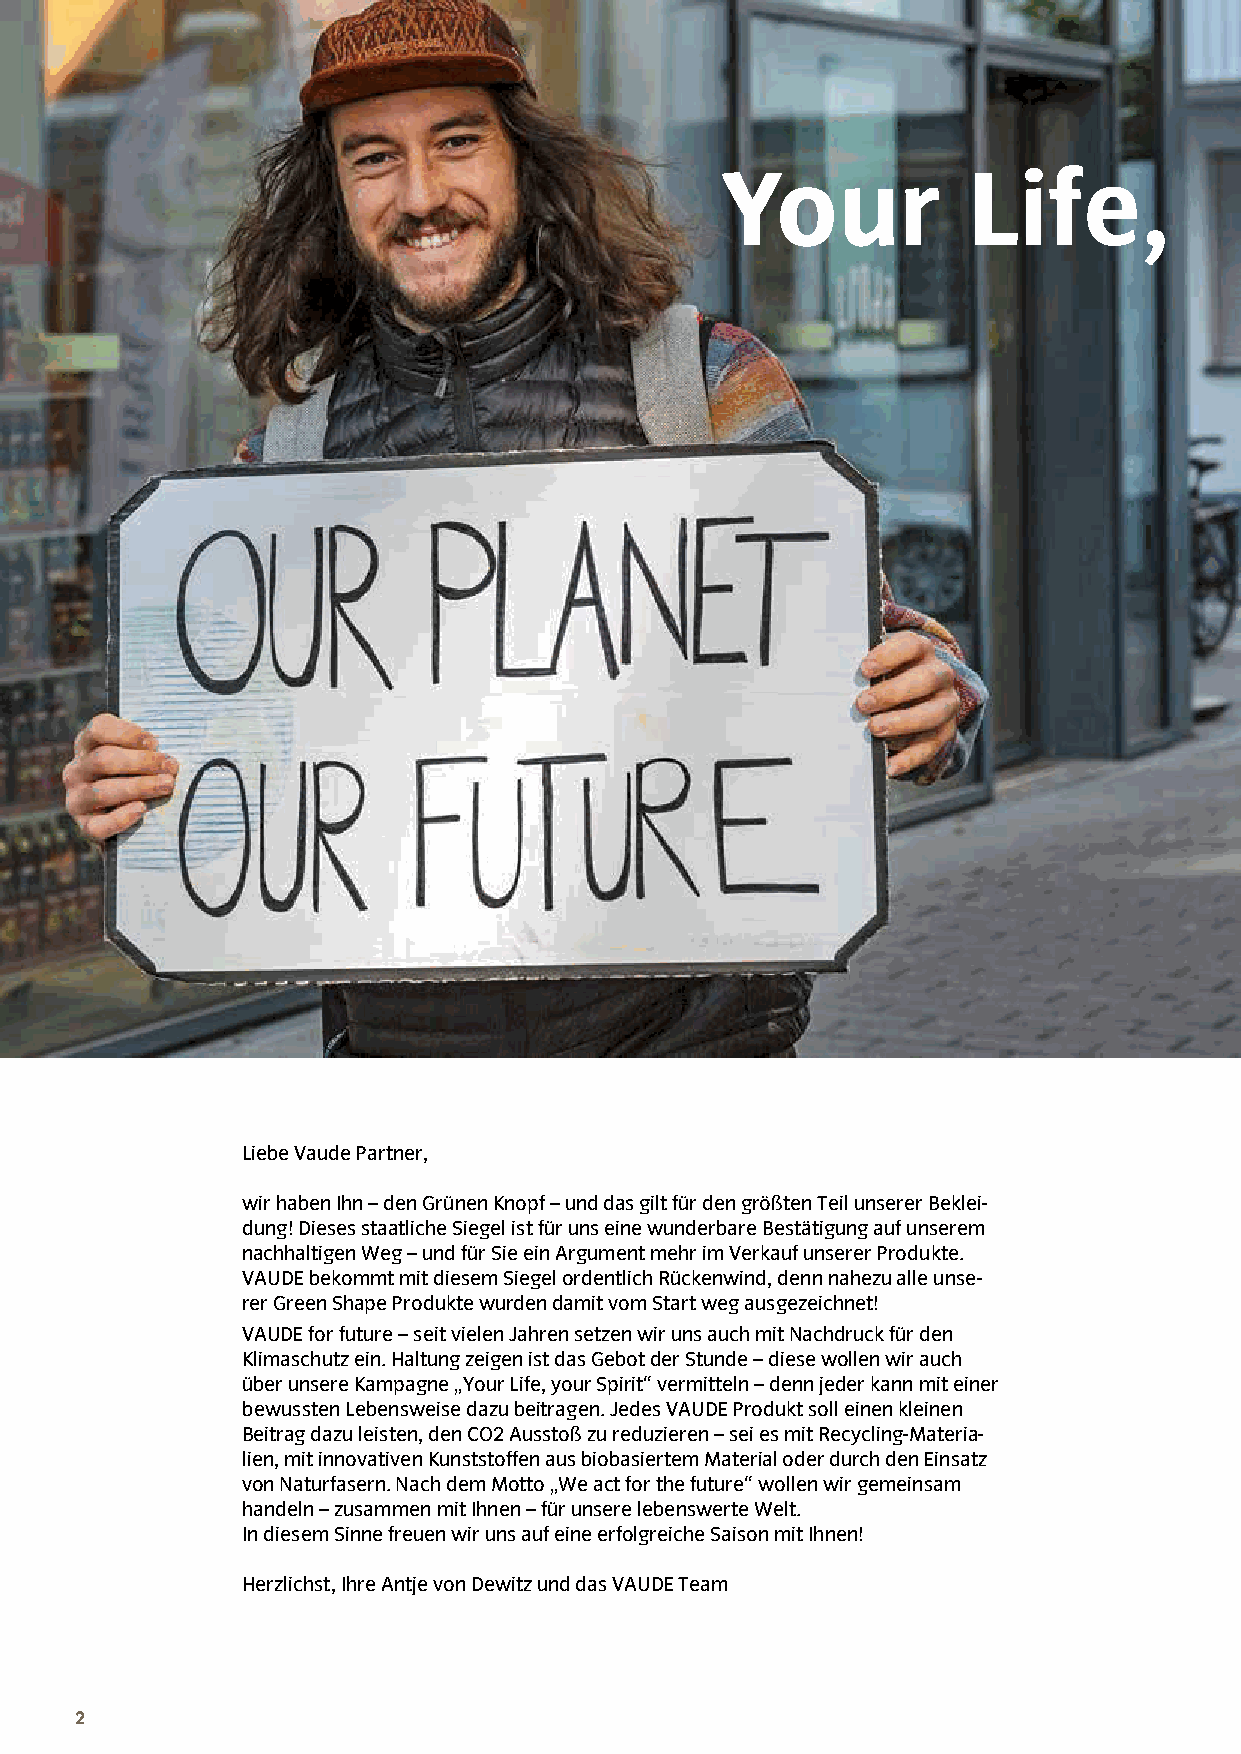
Your            Life,
 Liebe Vaude Partner,
 wir haben Ihn – den Grünen Knopf – und das gilt für den größten Teil unserer Beklei-
 dung! Dieses staatliche Siegel ist für uns eine wunderbare Bestätigung auf unserem
 nachhaltigen Weg – und für Sie ein Argument mehr im Verkauf unserer Produkte.
 VAUDE bekommt mit diesem Siegel ordentlich Rückenwind, denn nahezu alle unse-
 rer Green Shape Produkte wurden damit vom Start weg ausgezeichnet!
 VAUDE for future – seit vielen Jahren setzen wir uns auch mit Nachdruck für den
 Klimaschutz ein. Haltung zeigen ist das Gebot der Stunde – diese wollen wir auch
 über unsere Kampagne „Your Life, your Spirit“ vermitteln – denn jeder kann mit einer
 bewussten Lebensweise dazu beitragen. Jedes VAUDE Produkt soll einen kleinen
 Beitrag dazu leisten, den CO2 Ausstoß zu reduzieren – sei es mit Recycling-Materia-
 lien, mit innovativen Kunststoffen aus biobasiertem Material oder durch den Einsatz
 von Naturfasern. Nach dem Motto „We act for the future“ wollen wir gemeinsam
 handeln – zusammen mit Ihnen – für unsere lebenswerte Welt.
 In diesem Sinne freuen wir uns auf eine erfolgreiche Saison mit Ihnen!
 Herzlichst, Ihre Antje von Dewitz und das VAUDE Team
 2